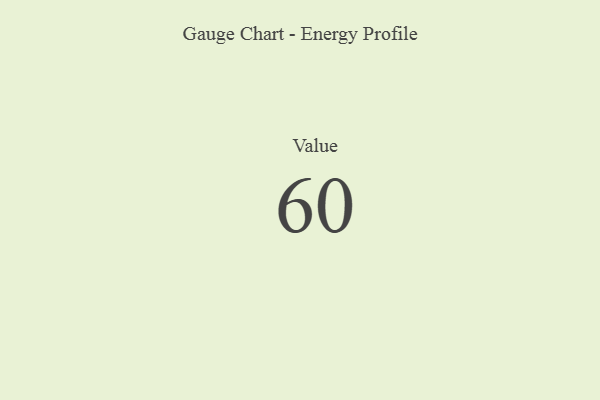
{"axis": {"x": "Metric", "y": "Value"}, "legend": [""], "data": [{"x": "Value", "y": 60, "type": ""}]}